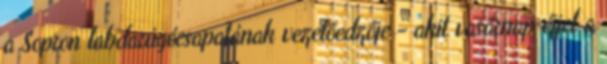
a Sopron labdarúgócsapatának vezetőedzője - akit vasárnap éjjel a